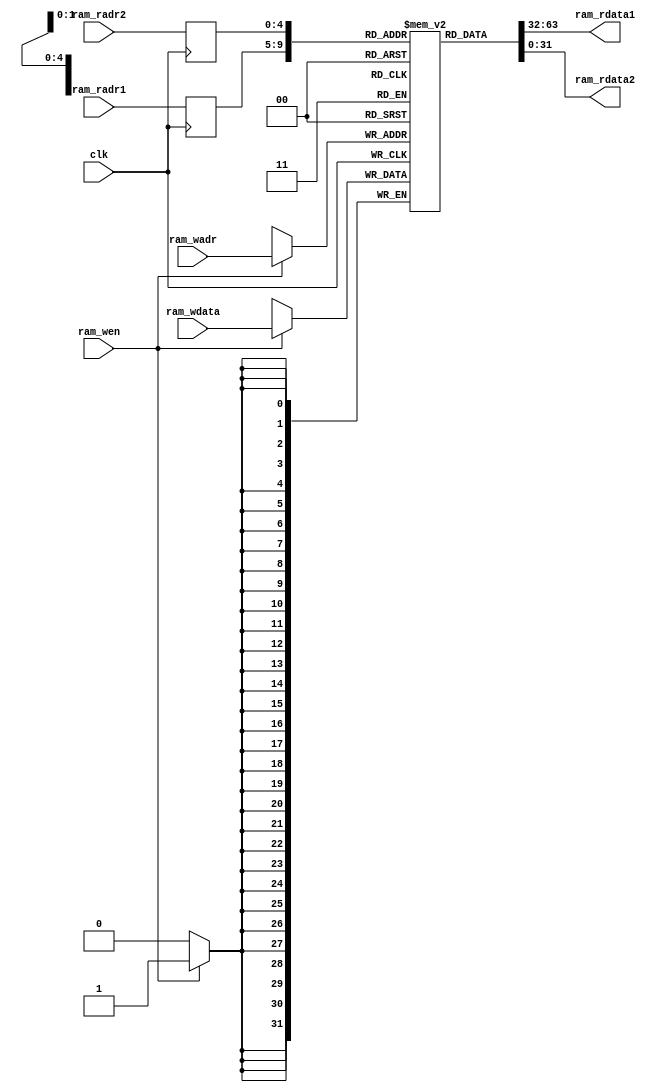
/*
 * My RISC-V RV32I CPU
 *   CPU Register File RAM Module in ID Stage
 *    Verilog code
 * @auther		Yoshiki Kurokawa <yoshiki.k963@gmail.com>
 * @copylight	2021 Yoshiki Kurokawa
 * @license		https://opensource.org/licenses/MIT     MIT license
 * @version		0.1
 */

module rf_2r1w(
	input clk,
	input [4:0] ram_radr1,
	output [31:0] ram_rdata1,
	input [4:0] ram_radr2,
	output [31:0] ram_rdata2,
	input [4:0] ram_wadr,
	input [31:0] ram_wdata,
	input ram_wen
	);

// 4x32 1r1w RAM

reg[31:0] ram[0:31];
reg[4:0] radr1;
reg[4:0] radr2;

always @ (posedge clk) begin
	if (ram_wen)
		ram[ram_wadr] <= ram_wdata;
	radr1 <= ram_radr1;
	radr2 <= ram_radr2;
end

assign ram_rdata1 = ram[radr1];
assign ram_rdata2 = ram[radr2];

endmodule